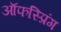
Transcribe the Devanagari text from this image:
ऑफस्प्रिंग